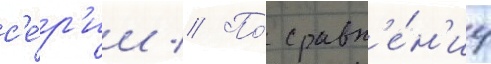
с'е́р'ии // По́ сравн'е́н'иу